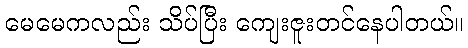
မေမေကလည်း သိပ်ပြီး ကျေးဇူးတင်နေပါတယ်။